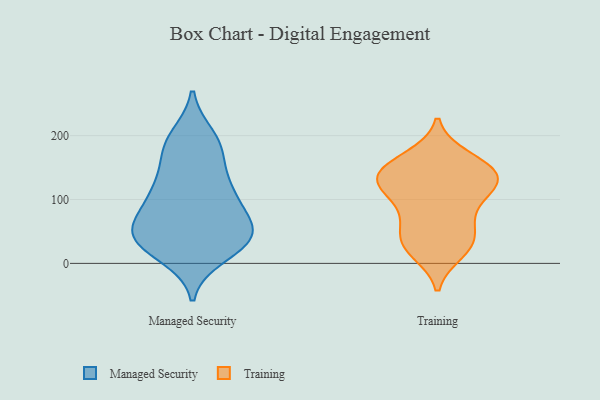
{"axis": {"x": "LTV (USD)", "y": "Value"}, "legend": ["Managed Security", "Training"], "data": [{"x": "", "y": 27, "type": "Managed Security"}, {"x": "", "y": 50, "type": "Managed Security"}, {"x": "", "y": 189, "type": "Managed Security"}, {"x": "", "y": 62, "type": "Managed Security"}, {"x": "", "y": 109, "type": "Managed Security"}, {"x": "", "y": 177, "type": "Managed Security"}, {"x": "", "y": 42, "type": "Managed Security"}, {"x": "", "y": 107, "type": "Managed Security"}, {"x": "", "y": 130, "type": "Managed Security"}, {"x": "", "y": 57, "type": "Managed Security"}, {"x": "", "y": 126, "type": "Managed Security"}, {"x": "", "y": 179, "type": "Managed Security"}, {"x": "", "y": 13, "type": "Managed Security"}, {"x": "", "y": 35, "type": "Managed Security"}, {"x": "", "y": 69, "type": "Managed Security"}, {"x": "", "y": 96, "type": "Managed Security"}, {"x": "", "y": 198, "type": "Managed Security"}, {"x": "", "y": 33, "type": "Managed Security"}, {"x": "", "y": 38, "type": "Managed Security"}, {"x": "", "y": 83, "type": "Training"}, {"x": "", "y": 110, "type": "Training"}, {"x": "", "y": 30, "type": "Training"}, {"x": "", "y": 135, "type": "Training"}, {"x": "", "y": 18, "type": "Training"}, {"x": "", "y": 166, "type": "Training"}, {"x": "", "y": 148, "type": "Training"}, {"x": "", "y": 123, "type": "Training"}, {"x": "", "y": 51, "type": "Training"}, {"x": "", "y": 142, "type": "Training"}, {"x": "", "y": 39, "type": "Training"}, {"x": "", "y": 125, "type": "Training"}, {"x": "", "y": 121, "type": "Training"}, {"x": "", "y": 75, "type": "Training"}, {"x": "", "y": 138, "type": "Training"}, {"x": "", "y": 25, "type": "Training"}, {"x": "", "y": 160, "type": "Training"}]}